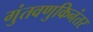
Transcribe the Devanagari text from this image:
गुंतवणुकिनंतर